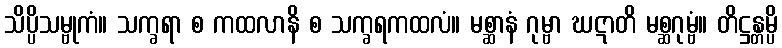
သိပ္ပိသမ္ဗုကံ။ သက္ခရာ စ ကထလာနိ စ သက္ခရကထလံ။ မစ္ဆာနံ ဂုမ္ဗာ ဃဋာတိ မစ္ဆဂုမ္ဗံ။ တိဋ္ဌန္တမ္ပိ